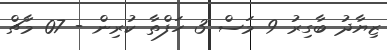
ޒިޔާދު ބާގިރު 9 މަސް 3 ހަފްތާ ކުރިން - 07 މާޗް